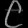
Digit: ၉